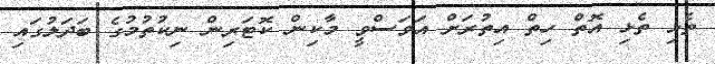
ތެޅި ތެޅި އޮތް ހިތް އިތުރަށް އަވަސްވީ މާކިން ކޮޓަރިން ނިކުތުމުގެ ބަދަލުގައި